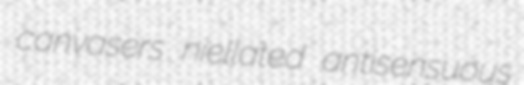
canvasers niellated antisensuous